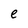
Character: e